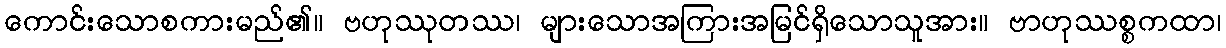
ကောင်းသောစကားမည်၏။ ဗဟုဿုတဿ၊ များသောအကြားအမြင်ရှိသောသူအား။ ဗာဟုဿစ္စကထာ၊